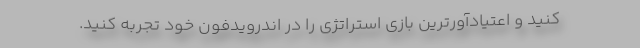
کنید و اعتیادآورترین بازی استراتژی را در اندرویدفون خود تجربه کنید.